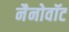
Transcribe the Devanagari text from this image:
नैनोवॉट